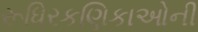
રૂધિરકણિકાઓની